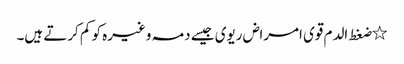
٭ضغط الدم قوی امراض ریوی جیسے دمہ وغیرہ کو کم کرتے ہیں۔